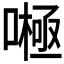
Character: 𱔶